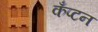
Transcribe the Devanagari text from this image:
कँप्टन